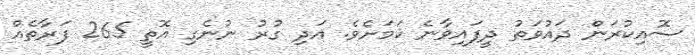
ސޮއިކުރަން ދައުވަތު ދީފައިވާނެ ކަމަށެވެ. އަދި ގުރު ނުނެގި އޮތީ 265 ފަރާތެއް